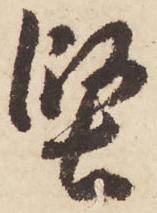
堅